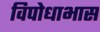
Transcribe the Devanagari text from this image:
विपोधाभास